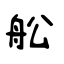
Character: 舩